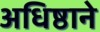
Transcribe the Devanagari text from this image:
अधिष्ठाने